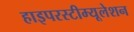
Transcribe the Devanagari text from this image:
हाइपरस्टीम्यूलेशन